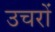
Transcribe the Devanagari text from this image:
उचरों